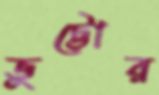
ভুট্টোর